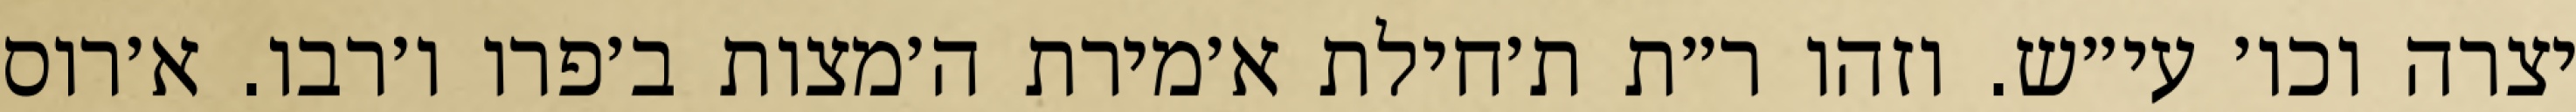
יצרה וכו׳ עי״ש. וזהו ר״ת ת׳חילת א׳מירת ה׳מצות ב׳פרו ו׳רבו. א׳רוס